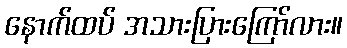
နောက်ထပ် အသားပြားကြော်လား။